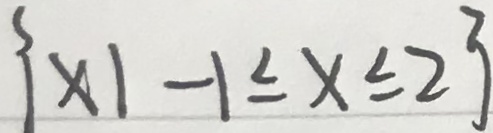
\{ x \vert - 1 \leq x \leq 2 \}